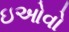
ઇઓવો